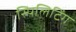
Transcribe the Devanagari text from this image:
स्पिलिटिंग